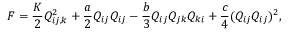
F = \frac { K } { 2 } Q _ { i j , k } ^ { 2 } + \frac { a } { 2 } Q _ { i j } Q _ { i j } - \frac { b } { 3 } Q _ { i j } Q _ { j k } Q _ { k i } + \frac { c } { 4 } ( Q _ { i j } Q _ { i j } ) ^ { 2 } ,